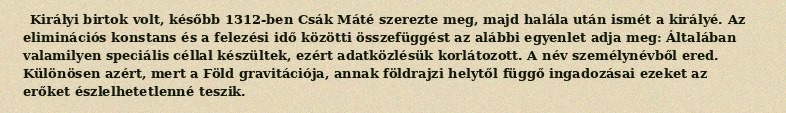
Királyi birtok volt, később 1312-ben Csák Máté szerezte meg, majd halála után ismét a királyé. Az eliminációs konstans és a felezési idő közötti összefüggést az alábbi egyenlet adja meg: Általában valamilyen speciális céllal készültek, ezért adatközlésük korlátozott. A név személynévből ered. Különösen azért, mert a Föld gravitációja, annak földrajzi helytől függő ingadozásai ezeket az erőket észlelhetetlenné teszik.